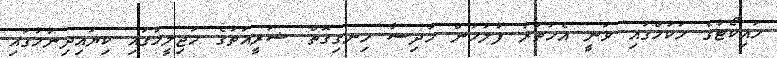
ހައިކޯޓުގެ ހުކުމްގައި ވަނީ އެހަތަރު ފުލުހުން ހާދިސާ ހިނގިގޮތް ޝަރީއަތުގެ މަޖިލީހުގައި ކިޔައިދިނުމުގައި